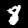
Label: 8